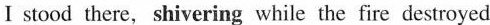
I slood there, shivering while the ftire destoyed